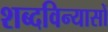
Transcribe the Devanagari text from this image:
शब्दविन्यासों